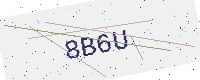
Text: 8B6U